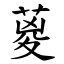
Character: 葼